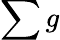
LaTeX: \sum g